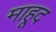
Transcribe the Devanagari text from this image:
माहूद